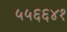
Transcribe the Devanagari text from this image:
५५६६४१